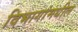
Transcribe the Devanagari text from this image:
विभागांमधील